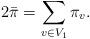
LaTeX: \begin{align*} 2\bar\pi=\sum_{v\in V_1}\pi_v.\end{align*}